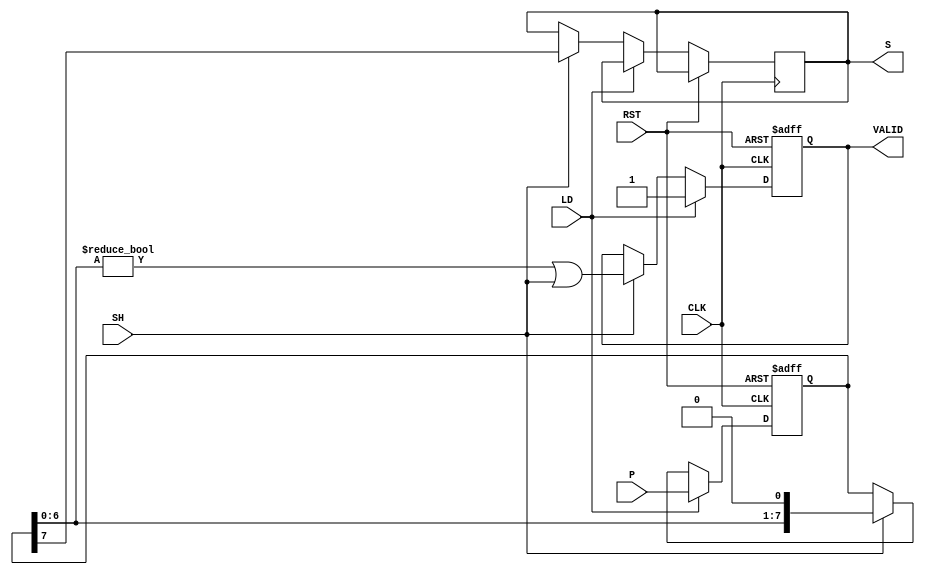
module dynamic_piso_register #(
    parameter N = 8 // Width of the register
)(
    input wire [N-1:0] P,      // Parallel input
    input wire LD,              // Load control signal
    input wire SH,              // Shift control signal
    input wire CLK,             // Clock signal
    input wire RST,             // Asynchronous reset
    output reg S,               // Serial output
    output reg VALID            // Valid output signal
);

    reg [N-1:0] shift_reg;      // Shift register to hold data

    always @(posedge CLK or posedge RST) begin
        if (RST) begin
            shift_reg <= {N{1'b0}}; // Clear the register on reset
            VALID <= 1'b0;          // Invalid output on reset
        end else begin
            if (LD) begin
                shift_reg <= P;     // Load parallel data into the register
                VALID <= 1'b1;      // Data is valid after loading
            end else if (SH) begin
                S <= shift_reg[N-1]; // Shift out the most significant bit
                shift_reg <= {shift_reg[N-2:0], 1'b0}; // Shift left
                VALID <= (shift_reg[N-2:0] != 0) || SH; // Check if there is valid data left
            end
        end
    end

endmodule